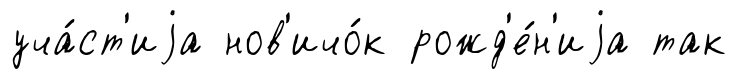
уча́ст'иjа нов'ичо́к рожд'е́н'иjа так